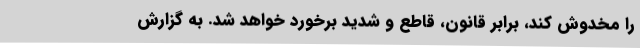
را مخدوش کند، برابر قانون، قاطع و شدید برخورد خواهد شد. به گزارش